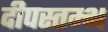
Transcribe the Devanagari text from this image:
दीपस्तम्भ